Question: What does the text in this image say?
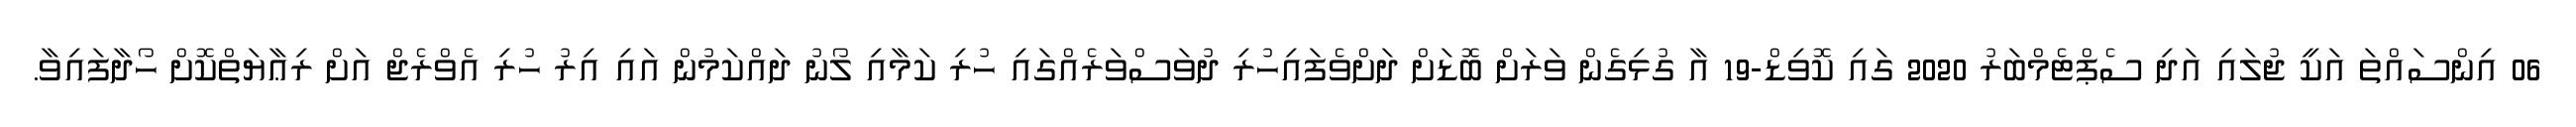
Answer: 06 އިންސައްތަ އަކީ ޖުލައި އަދި ސެޕްޓެމްބަރު 2020 ގައި ކޮވިޑް-19 އާ ގުޅިގެން ވަރަށް ބޮޑަށް ދަށްވެފައިހުރި ދުވަސްވަރެއްގައި ހުރި ކަމާއި ލޯނު ދައްކަމުން އައި އިރު ހުރި އެވްރެޖް އަށް ރިޢާޔަތްކޮށް ހޯދާފައިވާ.